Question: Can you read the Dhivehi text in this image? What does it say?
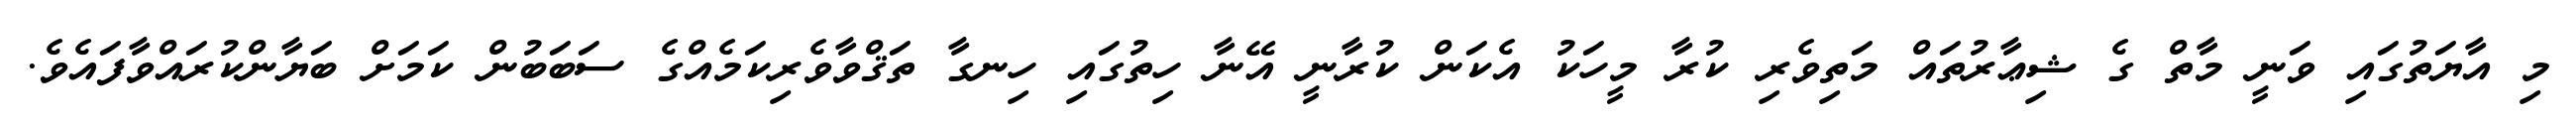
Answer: މި އާޔަތުގައި ވަނީ މާތް ގެ ޝިޢާރުތައް މަތިވެރި ކުރާ މީހަކު އެކަން ކުރާނީ އޭނާ ހިތުގައި ހިނގާ ތަޤްވާވެރިކަމެއްގެ ސަބަބުން ކަމަށް ބަޔާންކުރައްވާފައެވެ.